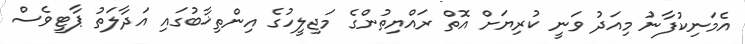
އެމަނިކުފާނު މިއަދު ވަނީ ކުރިޔަށް އޮތް ރައްޔިތުންގެ މަޖިލީހުގެ އިންތިޚާބުގައި އަދާލަތު ޕާޓީވެސް